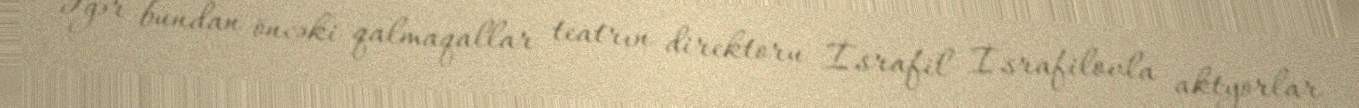
Əgər bundan öncəki qalmaqallar teatrın direktoru İsrafil İsrafilovla aktyorlar